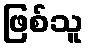
ဖြစ်သူ